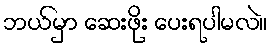
ဘယ်မှာ ဆေးဖိုး ပေးရပါမလဲ။